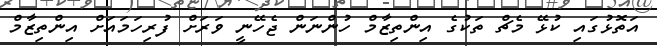
އަތޮޅުގައި ކުޅޭ މެޗް ތަކުގެ އިންތިޒާމް ހުންނަން ޖެހޭނީ ވަރަށް ފުރިހަމައަށް އިންތިޒާމް